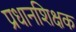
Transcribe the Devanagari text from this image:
प्रधानशिक्षक